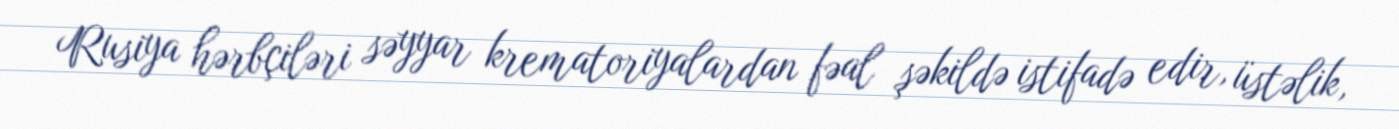
Rusiya hərbçiləri səyyar krematoriyalardan fəal şəkildə istifadə edir, üstəlik,